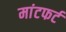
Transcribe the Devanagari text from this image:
मांटफर्ट